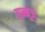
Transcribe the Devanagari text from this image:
ताम्मूज